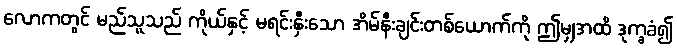
လောကတွင် မည်သူသည် ကိုယ်နှင့် မရင်းနှီးသော အိမ်နီးချင်းတစ်ယောက်ကို ဤမျှအထိ ဒုက္ခခံ၍